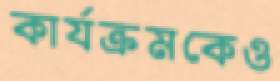
কার্যক্রমকেও